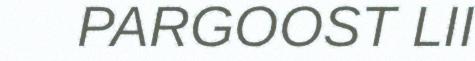
PARGOOST LII